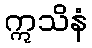
ဣသိနံ